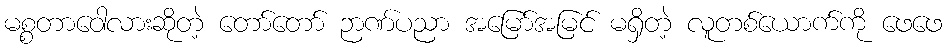
မစ္စတာဝေါလားဆိုတဲ့ တော်တော် ဉာဏ်ပညာ အမြော်အမြင် မရှိတဲ့ လူတစ်ယောက်ကို ဖေဖေ